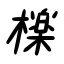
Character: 檪